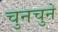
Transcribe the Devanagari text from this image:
चुनचुने